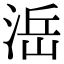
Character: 㴈